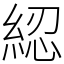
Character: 綛